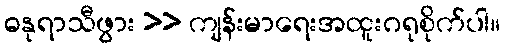
ဓနုရာသီဖွား >> ကျန်းမာရေးအထူးဂရုစိုက်ပါ။